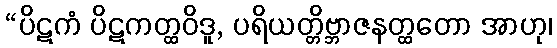
“ပိဋကံ ပိဋကတ္ထဝိဒူ, ပရိယတ္တိဗ္ဘာဇနတ္ထတော အာဟု၊